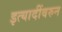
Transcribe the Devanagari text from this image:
इत्यादींवरुन